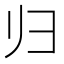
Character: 归